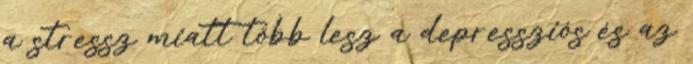
a stressz miatt több lesz a depressziós és az